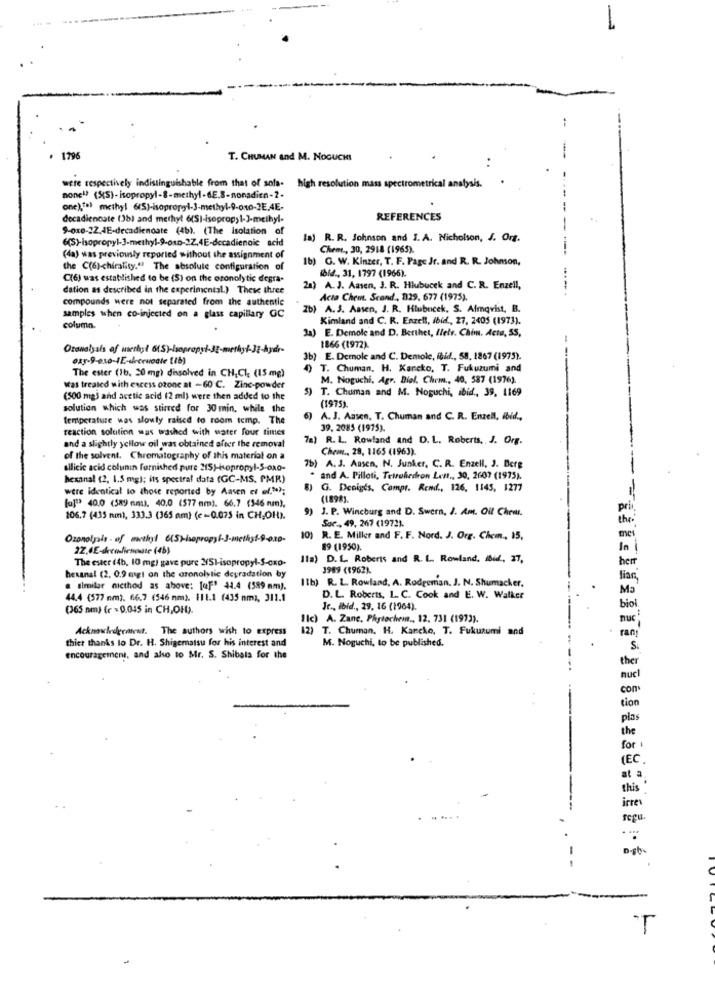
1796
T. CHUMAN and M. NOGUCHI
were respectively indistinguishable from that of sola- high resolution mass spectrometrical analysis.
none"? (55)-isopropyl-8-methyl-6E.8-nonadien-2.
one),") methyl 6(S)-isopropyl-3-methyl-9-010-2E.4E-
decadiencate (38) and methyl 6(SI-isopropyl-]-methyl-
REFERENCES
9-ox0-22.JE-decadienoate (46). (The isolation of
6(S)-isopropyl-3-methyl-9-osD-22,4E-decadienoic acid
la) R. R. Johnson and I. A. Nicholson, J. Org.
Chem ., 30, 2918 (1965).
(da) was previously reported without the assignment of
1b) G. W. Kinzer, T. F. Page Jr. and R. R. Johnson,
the C(6)-chirality." The absolute configuration of
ibid ., 31, 1797 (1966).
(6) was established to be (5) on the oronolytic degra-
dation as described in the experimental.) These three
A. J. Aasen, J. R. Hlubucek and C. R. Enzell,
compounds were not separated from the authentic
Acta Chem. Scand, 329, 677 (1975).
2b) A. S. Aasen, J. R. Hlubocek. S. Almqvist, B.
samples when co-injected on a glass capillary GC
Kimland and C. R. Enzell, ibid ., 27, 2405 (1973).
column.
Ja) E. Demole and D. Berthet, Ilele. Chim. Acta, 55,
Oranalysis of warligt 6(S)-Isopropyl-JE-methyl-3g-kydr-
1866 (1972)
3b) E. Demole and C. Demole, ibid ., 58. 1867 (1975).
4) T. Chuman, H. Kaneko, T. Fukuzumi and
The ester (1b. 20 mg) dissolved in CH,CI, (15 mg)
M. Noguchi, Agr. Diel. Chem ., 40, 587 (1976).
Was treated with excess ozone at -60 C. Zinc-powder
5) T. Chuman and M. Noguchi, ibid ., 39, 1169
(500 mg) and acetic acid (2 ml) were then added to the
solution which was stirred for 30 min, while the
(1975).
temperature was slowly raised to room temp. The
A. J. Aasen. T. Chuman and C. R. Enzell, ibid .,
reaction solution was washed with water four times
39. 2085 (1975).
)R.L. Rowland and D. L. Roberts, J. Org.
and a slightly yellow oil was obtained after the removal
Cheun ., 28, 1165 (1963).
of the solvent. Chromatography of this material on a
silicic acid columnin furnished pure 215)-isopropyl-5-oxo-
7b) A. J. Aasen, N. Junher, C. R. Enzell, J. Berg
hexanal (2, 1.5 mg); its spectral data (GC-MS. PMR)
and A. Pilloti, Tetrahedron Len ., 30, 2607 (1975).
were identical to those reported by Aasen er of.");
8) G. Denigts, Compr. Rend ., 126, 1145, 1277
(1898).
[a]" 40.0 (589 mm]. 40.0 (577 mm). 66.7 (546 man),
9) J. P. Wincburg and D. Sworn, J. Am. Oil Chew.
106.7 (435 nm), 333.3 (365 nm) (e -0.075 in CH,OH).
Soc ., 49, 267 (19721.
the
Ozonolpais . of mweit 6(5)isopropyl-3-methy1-9-0.xp-
10) R. E. Miller and F. F. Nord. J. Org. Chem ., 15,
22.0E-kemfirmouse (46)
89 (1950).
The ester (4b, 10 mg) gave pure 2/51-isopropyl-S-oxo-
Ila) D. L. Roberts and R. L. Rowland. ibid, 37,
3989 (1962).
hexanal (2. 0.9 magt on the cronolytic degradation by
Ilb) R. L. Rowland, A. Rodgernan. J. N. Shumacker,
a similar nicthod as above: [of" 44.4 (589 mm).
44.4 (577 mm). 66.7 (546 mm). 111.1 (435 nm), 311.1
D. L. Roberts, L. C. Cook and E. W. Walker
Ma
(365 nm) (r = 0.045 in CH,OH).
Jr ., Ibid ., 29, 16 (1964).
bio
Ilc) A. Zane, Phytochem ,, 12. 731 (1973).
nuc
Acknowlederneut. The authors wish to express
12) T. Chuman. H. Karcko, T. Fukuzumi and
rang
thiet thanks to Dr. H. Shigernatsu for his interest and
M. Noguchi, to be published.
S.
encouragement, and also to Mr. S. Shibala for the
the
nu
con
tion
for
(EC.
at a
this
irres
D-gb
T